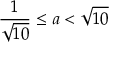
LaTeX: { \frac { 1 } { \sqrt { 1 0 } } } \leq a < { \sqrt { 1 0 } }